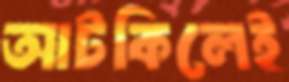
আটকিলেই